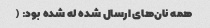
همه نان‌های ارسال شده له شده بود: (